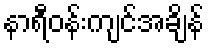
နာရီဝန်းကျင်အချိန်